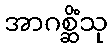
အာဂစ္ဆိံသု